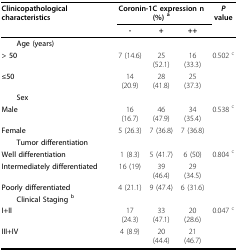
<table><thead><tr><td><b>Clinicopathological characteristics</b></td><td colspan="3"><b>Coronin-1C expression n (%) <sup>a</sup></b></td><td><b><i>P </i>value</b></td></tr><tr><td></td><td><b>-</b></td><td><b>+</b></td><td><b>++</b></td><td></td></tr></thead><tbody><tr><td colspan="5"> <b>Age (years)</b></td></tr><tr><td><b>&gt; 50</b></td><td>7 (14.6)</td><td>25 (52.1)</td><td>16 (33.3)</td><td>0.502 <sup>c</sup></td></tr><tr><td><b>≤50</b></td><td>14 (20.9)</td><td>28 (41.8)</td><td>25 (37.3)</td><td></td></tr><tr><td colspan="5"> <b>Sex</b></td></tr><tr><td><b>Male</b></td><td>16 (16.7)</td><td>46 (47.9)</td><td>34 (35.4)</td><td>0.538 <sup>c</sup></td></tr><tr><td><b>Female</b></td><td>5 (26.3)</td><td>7 (36.8)</td><td>7 (36.8)</td><td></td></tr><tr><td colspan="5"> <b>Tumor differentiation</b></td></tr><tr><td><b>Well differentiation</b></td><td>1 (8.3)</td><td>5 (41.7)</td><td>6 (50)</td><td>0.804 <sup>c</sup></td></tr><tr><td><b>Intermediately differentiated</b></td><td>16 (19)</td><td>39 (46.4)</td><td>29 (34.5)</td><td></td></tr><tr><td><b>Poorly differentiated</b></td><td>4 (21.1)</td><td>9 (47.4)</td><td>6 (31.6)</td><td></td></tr><tr><td colspan="5"> <b>Clinical Staging <sup><b>b</b></sup></b></td></tr><tr><td><b>I+II</b></td><td>17 (24.3)</td><td>33 (47.1)</td><td>20 (28.6)</td><td>0.047 <sup>c</sup></td></tr><tr><td><b>III+IV</b></td><td>4 (8.9)</td><td>20 (44.4)</td><td>21 (46.7)</td><td></td></tr></tbody></table>